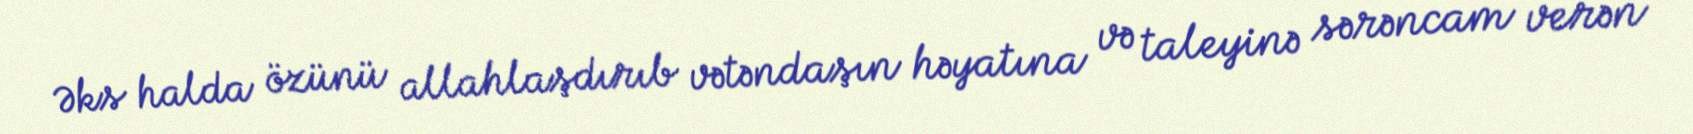
Əks halda özünü allahlaşdırıb vətəndaşın həyatına və taleyinə sərəncam verən